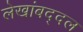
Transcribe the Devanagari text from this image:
लेखांबद्दल